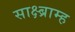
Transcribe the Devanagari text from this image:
साक्ष्ब्राम्ह